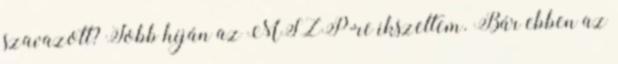
szavazott? Jobb híján az MSZP-re ikszeltem. Bár ebben az